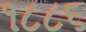
૧૮૮૬